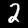
Label: 2